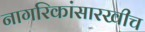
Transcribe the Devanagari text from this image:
नागरिकांसारखीच